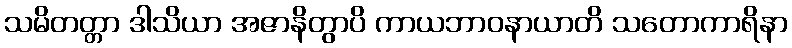
သမိတတ္တာ ဒါသိယာ အဇာနိတွာပိ ကာယဘာဝနာယာတိ သတောကာရိနာ